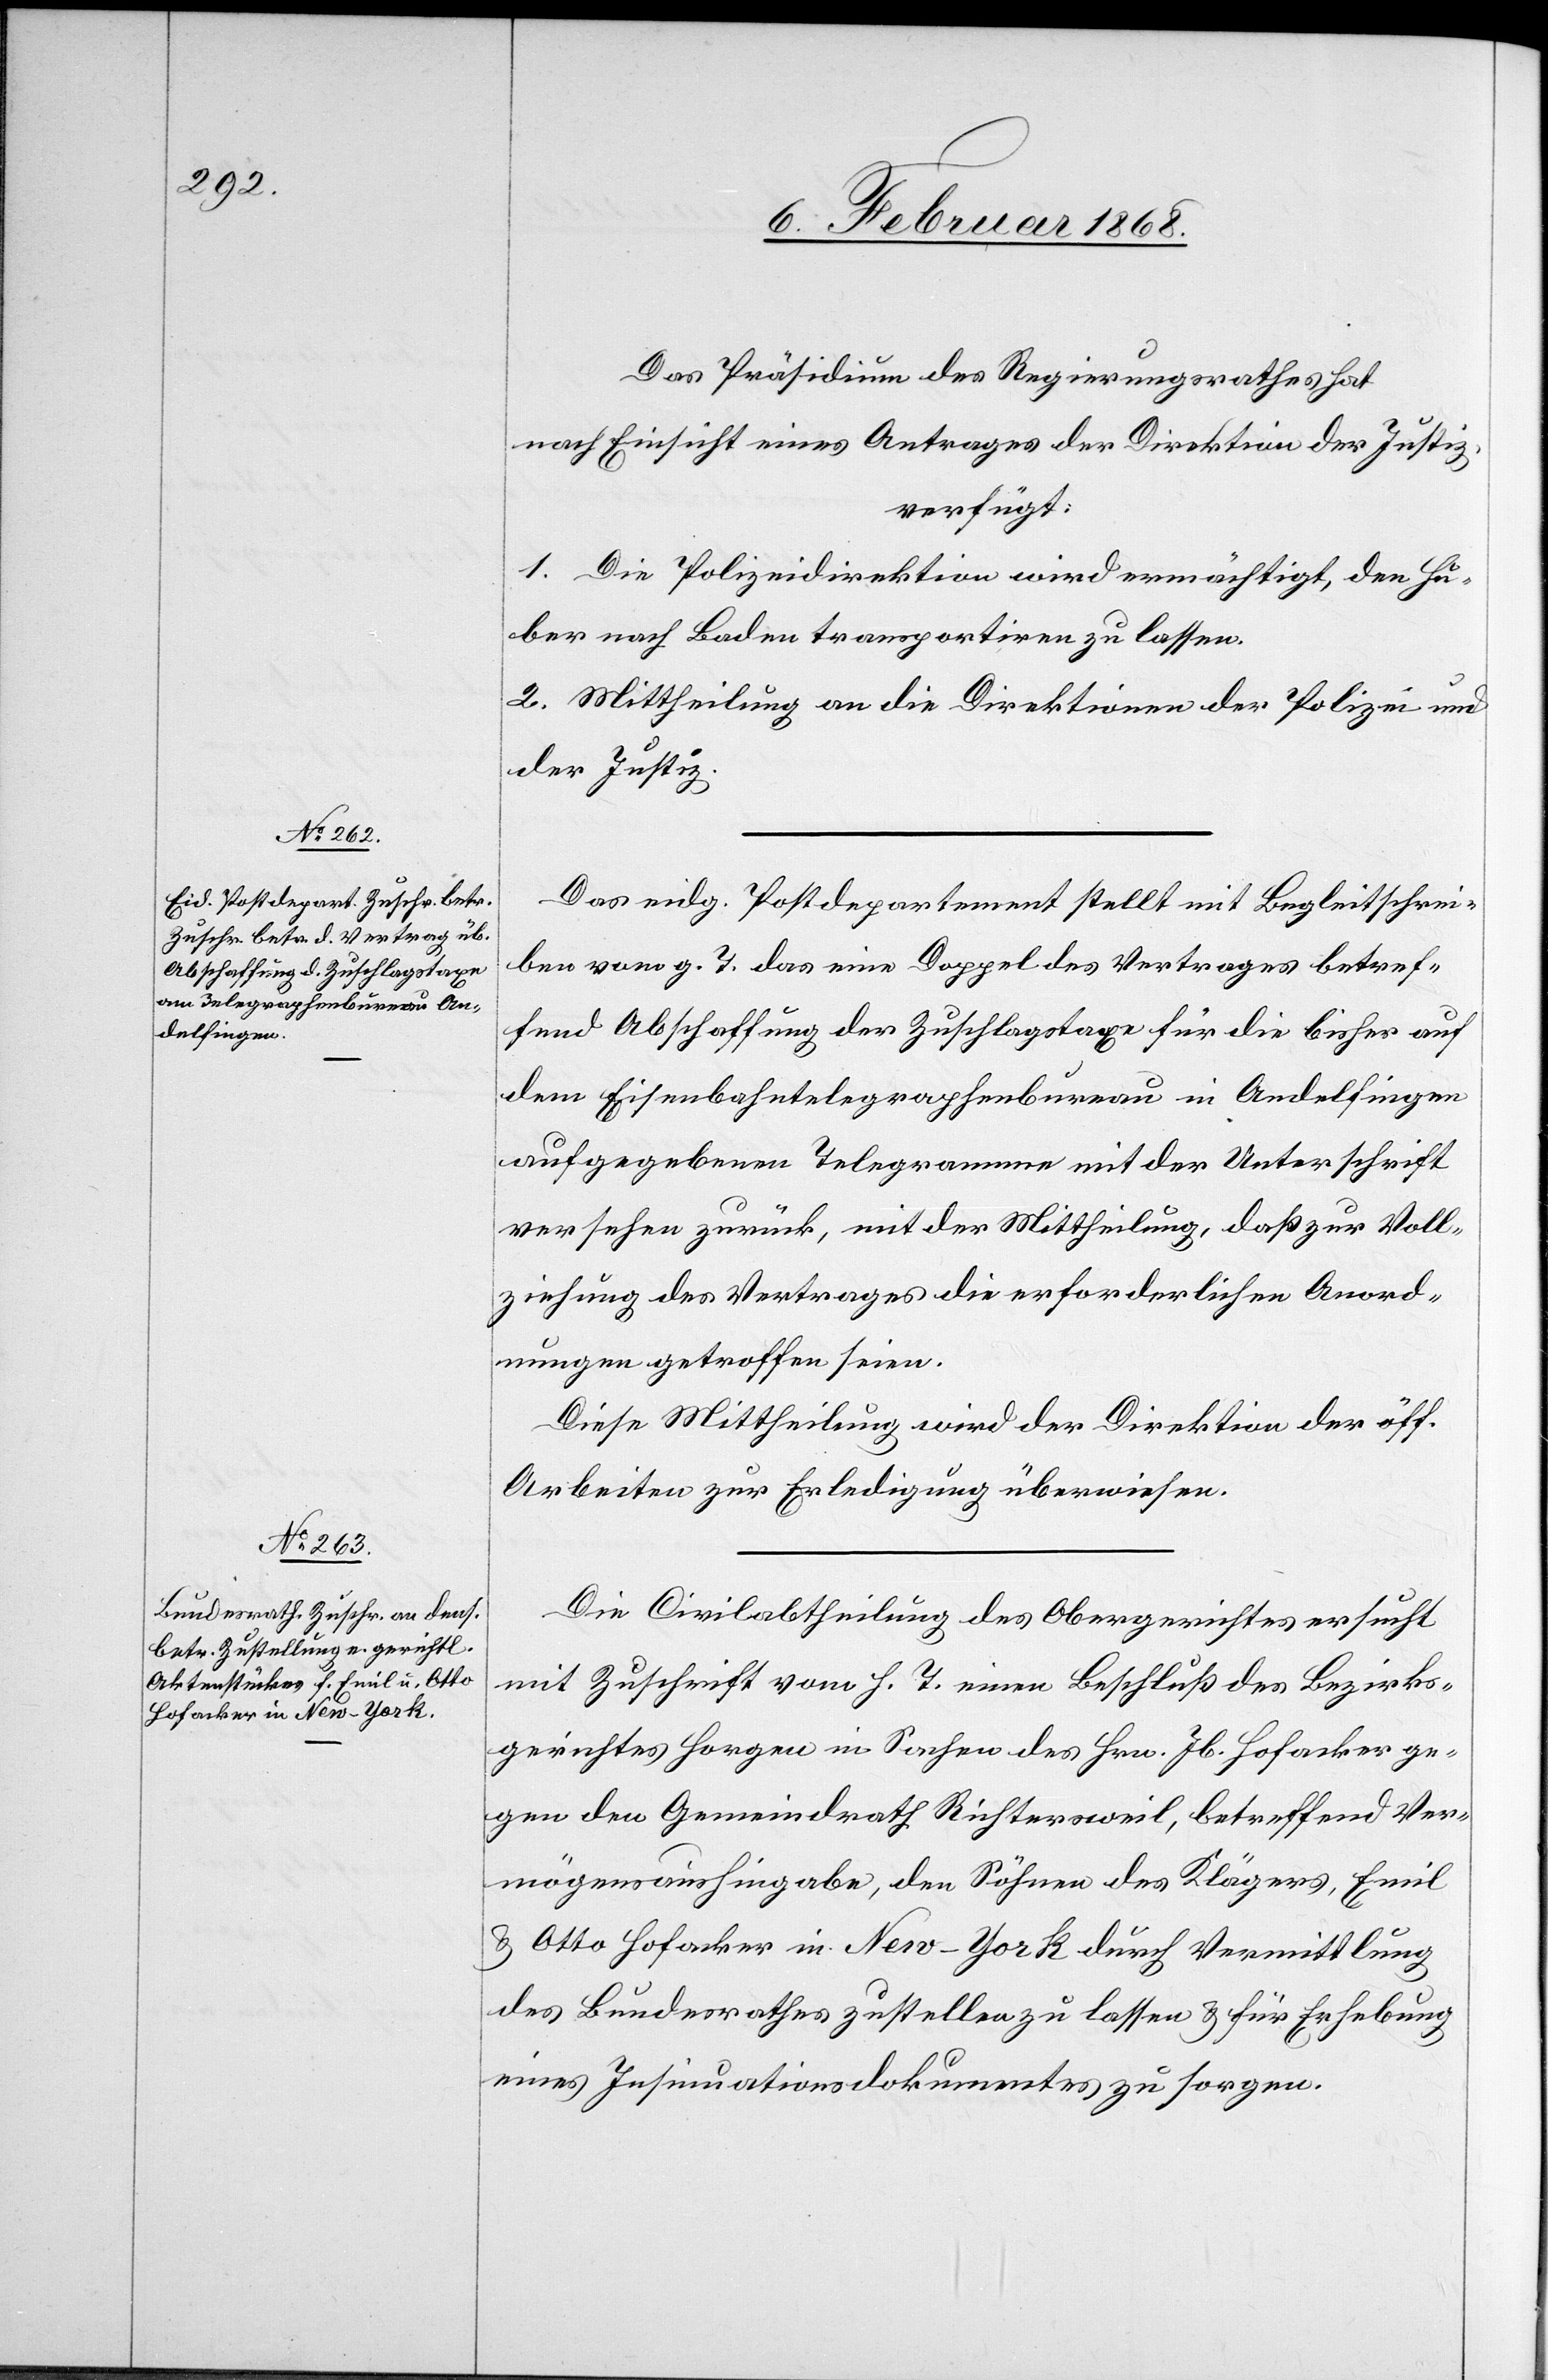
7. Februar 1868.]
Das Präsidium des Regierungsrathes hat
nach Einsicht eines Antrages der Direktion der Justiz,
verfügt:
1. Die Polizeidirektion wird ermächtigt, den Hu¬
ber nach Baden transportiren zu lassen.
2. Mittheilung an die Direktionen der Polizei und
der Justiz.
Das eidg. Postdepartement stellt mit Begleitschrei¬
ben vom g. T. das eine Doppel des Vertrages betref¬
fend Abschaffung der Zuschlagstaxe für die bisher auf
dem Eisenbahntelegraphenbureau in Andelfingen
aufgegebenen Telegramme mit der Unterschrift
versehen zurück, mit der Mittheilung, daß zur Voll¬
ziehung des Vertrages die erforderlichen Anord¬
nungen getroffen seien.
Diese Mittheilung wird der Direktion der öff.
Arbeiten zur Erledigung überwiesen.
Die Civilabtheilung des Obergerichtes ersucht
mit Zuschrift vom h. T. einen Beschluß des Bezirks¬
gerichtes Horgen in Sachen des Hrn. Jb. Hofacker ge¬
gen den Gemeindrath Richtersweil, betreffend Ver¬
mögensaushingabe, den Söhnen des Klägers, Emil
& Otto Hofacker in New-York durch Vermittlung
des Bundesrathes zustellen zu lassen & für Erhebung
eines Insinuationsdokumentes zu sorgen.